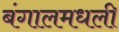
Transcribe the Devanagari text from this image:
बंगालमधली